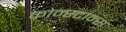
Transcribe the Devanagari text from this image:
कोन्स्टान्स